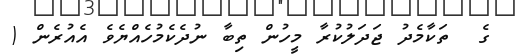
ގެ  ތަކާމެދު ޖަދަލުކުރާ މީހުން ތިބާ ނުދެކެމުހެއްޔެވެ އެއުރެން (